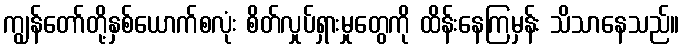
ကျွန်တော်တို့နှစ်ယောက်စလုံး စိတ်လှုပ်ရှားမှုတွေကို ထိန်းနေကြမှန်း သိသာနေသည်။